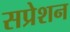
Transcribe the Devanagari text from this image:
सप्रेशन